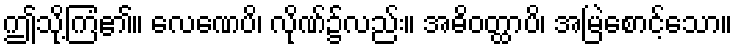
ဤသို့ကြံ၏။ လေဏေပိ၊ လိုဏ်၌လည်း။ အဓိဝတ္ထာပိ၊ အမြဲစောင့်သော။